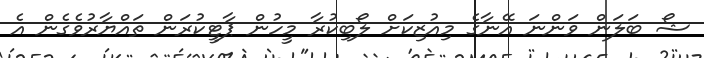
ޝޯ ބަލަން ވަންނަ އޭނާގެ މިއުޒިކަށް ލޯބިކުރާ މީހުން ޕާޓީކުރަން ތައްޔާރުވެގެން އެ